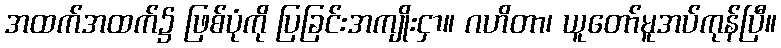
အထက်အထက်၌ ဖြစ်ပုံကို ပြခြင်းအကျိုးငှာ။ ဂဟိတာ၊ ယူတော်မူအပ်ကုန်ပြီ။